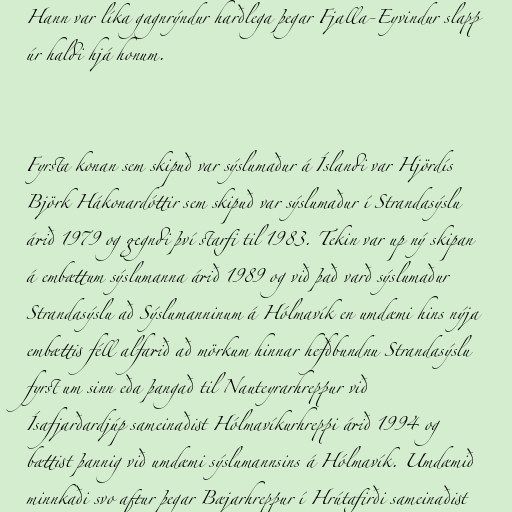
Hann var líka gagnrýndur harðlega þegar Fjalla-Eyvindur slapp
úr haldi hjá honum.

Fyrsta konan sem skipuð var sýslumaður á Íslandi var Hjördís
Björk Hákonardóttir sem skipuð var sýslumaður í Strandasýslu
árið 1979 og gegndi því starfi til 1983. Tekin var up ný skipan
á embættum sýslumanna árið 1989 og við það varð sýslumaður
Strandasýslu að Sýslumanninum á Hólmavík en umdæmi hins nýja
embættis féll alfarið að mörkum hinnar hefðbundnu Strandasýslu
fyrst um sinn eða þangað til Nauteyrarhreppur við
Ísafjarðardjúp sameinaðist Hólmavíkurhreppi árið 1994 og
bættist þannig við umdæmi sýslumannsins á Hólmavík. Umdæmið
minnkaði svo aftur þegar Bæjarhreppur í Hrútafirði sameinaðist